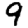
Digit: 9